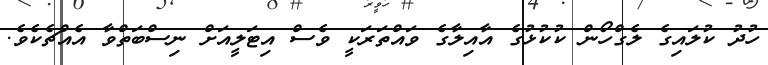
ހުދު ކުލައިގެ ލެގްހޯން ކުކުޅުގެ އާއިލާގެ ވައްތަރަކީ ވެސް އިޓަލީއަށް ނިސްބަތްވާ އެއްޗެކެވެ.